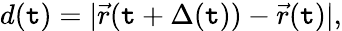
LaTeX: d(\mathtt{t})=|\vec{{r}}(\mathtt{t}+\Delta(\mathtt{t}))-\vec{{r}}(\mathtt{t})|,